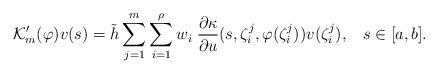
LaTeX: \begin{align*}\mathcal {K}_m' (\varphi) v (s) = \tilde {h} \sum_{j=1}^m \sum_{i=1}^\rho w_i \; \frac {\partial \kappa } {\partial u} (s, \zeta_i^j, \varphi (\zeta_i^j)) v (\zeta_i^j), \;\;\; s \in [a, b].\end{align*}